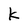
Character: k